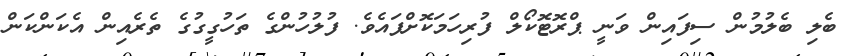
ބެލި ބެލުމުން ސިފައިން ވަނީ ޕްރޮޓޮކޯލް ފުރިހަމަކޮށްފައެވެ. ފުލުހުންގެ ތަހުގީގުގެ ތެރެއިން އެކަންކަން